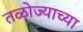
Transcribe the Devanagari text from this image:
तळोज्याच्या